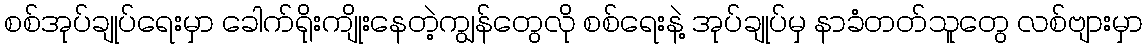
စစ်အုပ်ချုပ်ရေးမှာ ခေါက်ရိုးကျိုးနေတဲ့ကျွန်တွေလို စစ်ရေးနဲ့ အုပ်ချုပ်မှ နာခံတတ်သူတွေ လစ်ဗျားမှာ